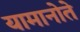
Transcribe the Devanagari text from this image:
यामानोते